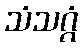
သံသဂ္ဂံ